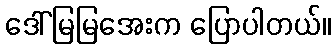
ဒေါ်မြမြအေးက ပြောပါတယ်။